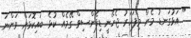
" އަޅުގަނޑު މެން މިފަހަރު ޖެހޭނީ ޑިފެންސިވް ގޭމެއް ކުޅެ ބައިކޮޅަށް ވަންނަ